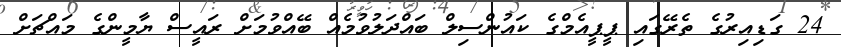
24 ގަޑިއިރުގެ ތެރޭގައި ޕީޕީއެމްގެ ކައުންސިލް ބައްދަލުވުމެއް ބޭއްވުމަށް ރައީސް ޔާމީންގެ މައްޗަށް